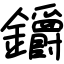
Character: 𨰜